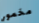
مخمور